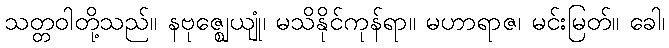
သတ္တဝါတို့သည်။ နဗုဇ္ဈေယျုံ၊ မသိနိုင်ကုန်ရာ။ မဟာရာဇ၊ မင်းမြတ်။ ခေါ၊